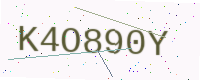
Text: K4O890Y